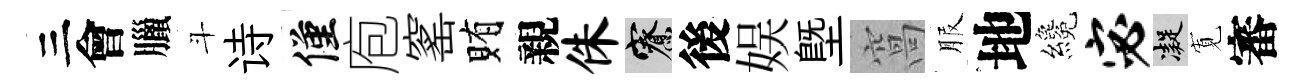
三會臘斗诗僅庖窰賄親侏寮後娱塈窩服地纔宓凝𡩖審